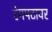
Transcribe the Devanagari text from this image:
रंगपटावर